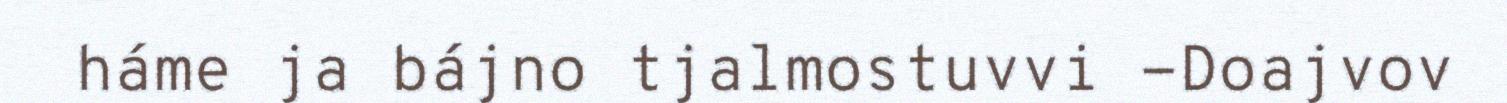
háme ja bájno tjalmostuvvi -Doajvov